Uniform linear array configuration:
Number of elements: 12
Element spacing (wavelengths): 0.25
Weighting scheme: uniform
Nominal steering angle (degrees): -30
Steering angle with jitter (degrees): -30.288
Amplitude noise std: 0.05
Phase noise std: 0.05

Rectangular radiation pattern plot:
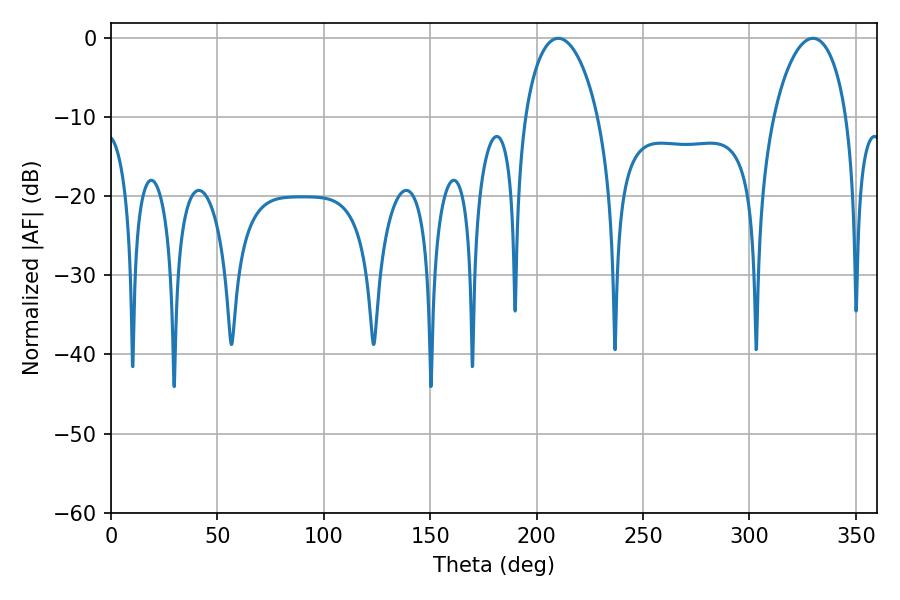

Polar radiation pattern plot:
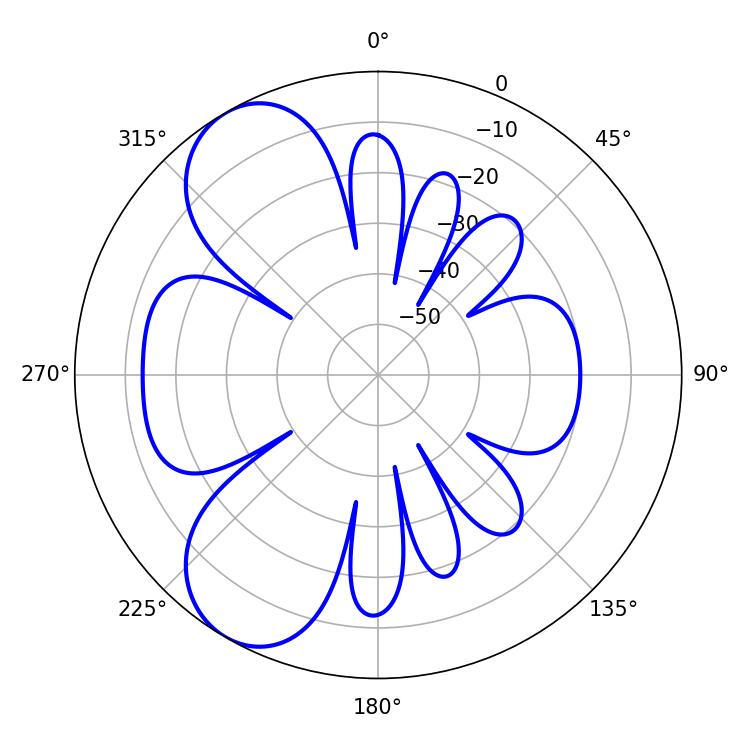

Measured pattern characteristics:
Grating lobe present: FALSE
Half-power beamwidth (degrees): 19.62
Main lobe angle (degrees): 210.24